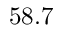
5 8 . 7